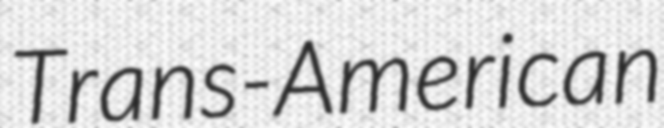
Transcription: Trans-American